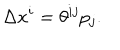
LaTeX: \Delta x ^ { i } = \theta ^ { i j } p _ { j } .